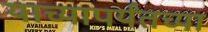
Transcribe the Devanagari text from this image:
याच्यापर्यंतच्या